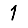
Digit: 1